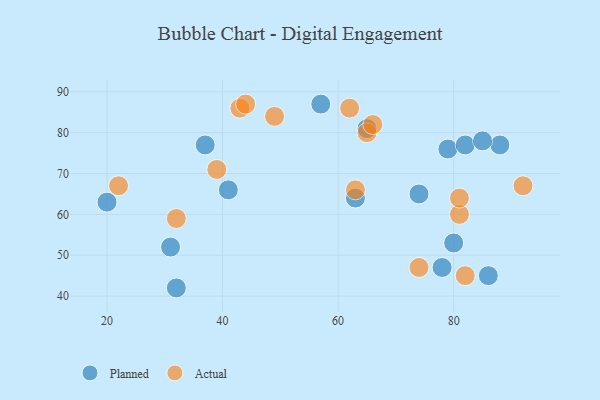
{"axis": {"x": "GDP", "y": "Life Expectancy"}, "legend": ["Actual", "Planned"], "data": [{"x": "78", "y": 47, "type": "Planned"}, {"x": "63", "y": 64, "type": "Planned"}, {"x": "79", "y": 76, "type": "Planned"}, {"x": "65", "y": 81, "type": "Planned"}, {"x": "57", "y": 87, "type": "Planned"}, {"x": "80", "y": 53, "type": "Planned"}, {"x": "31", "y": 52, "type": "Planned"}, {"x": "86", "y": 45, "type": "Planned"}, {"x": "88", "y": 77, "type": "Planned"}, {"x": "74", "y": 65, "type": "Planned"}, {"x": "41", "y": 66, "type": "Planned"}, {"x": "32", "y": 42, "type": "Planned"}, {"x": "82", "y": 77, "type": "Planned"}, {"x": "37", "y": 77, "type": "Planned"}, {"x": "20", "y": 63, "type": "Planned"}, {"x": "85", "y": 78, "type": "Planned"}, {"x": "22", "y": 67, "type": "Actual"}, {"x": "32", "y": 59, "type": "Actual"}, {"x": "65", "y": 80, "type": "Actual"}, {"x": "43", "y": 86, "type": "Actual"}, {"x": "81", "y": 60, "type": "Actual"}, {"x": "66", "y": 82, "type": "Actual"}, {"x": "74", "y": 47, "type": "Actual"}, {"x": "44", "y": 87, "type": "Actual"}, {"x": "63", "y": 66, "type": "Actual"}, {"x": "92", "y": 67, "type": "Actual"}, {"x": "82", "y": 45, "type": "Actual"}, {"x": "39", "y": 71, "type": "Actual"}, {"x": "62", "y": 86, "type": "Actual"}, {"x": "81", "y": 64, "type": "Actual"}, {"x": "49", "y": 84, "type": "Actual"}]}